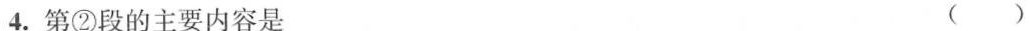
4.第②段的主要内容是 ()